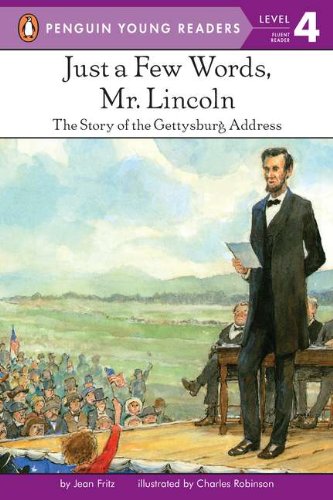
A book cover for Just a Few Words, Mr. Lincoln (Penguin Young Readers, Level 4); Jean Fritz; Children's Books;